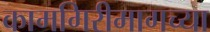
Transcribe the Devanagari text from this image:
कामगिरीमागच्या